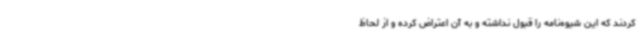
کردند که این شیوه‌نامه را قبول نداشته و به آن اعتراض کرده و از لحاظ